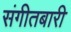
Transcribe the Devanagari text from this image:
संगीतबारी